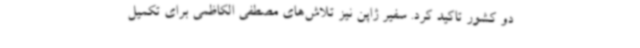
دو کشور تاکید کرد. سفیر ژاپن نیز تلاش‌های مصطفی الکاظمی برای تکمیل